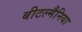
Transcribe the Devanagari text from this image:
बीटल्मैनिया